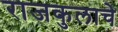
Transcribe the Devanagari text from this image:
राजकुलाचे